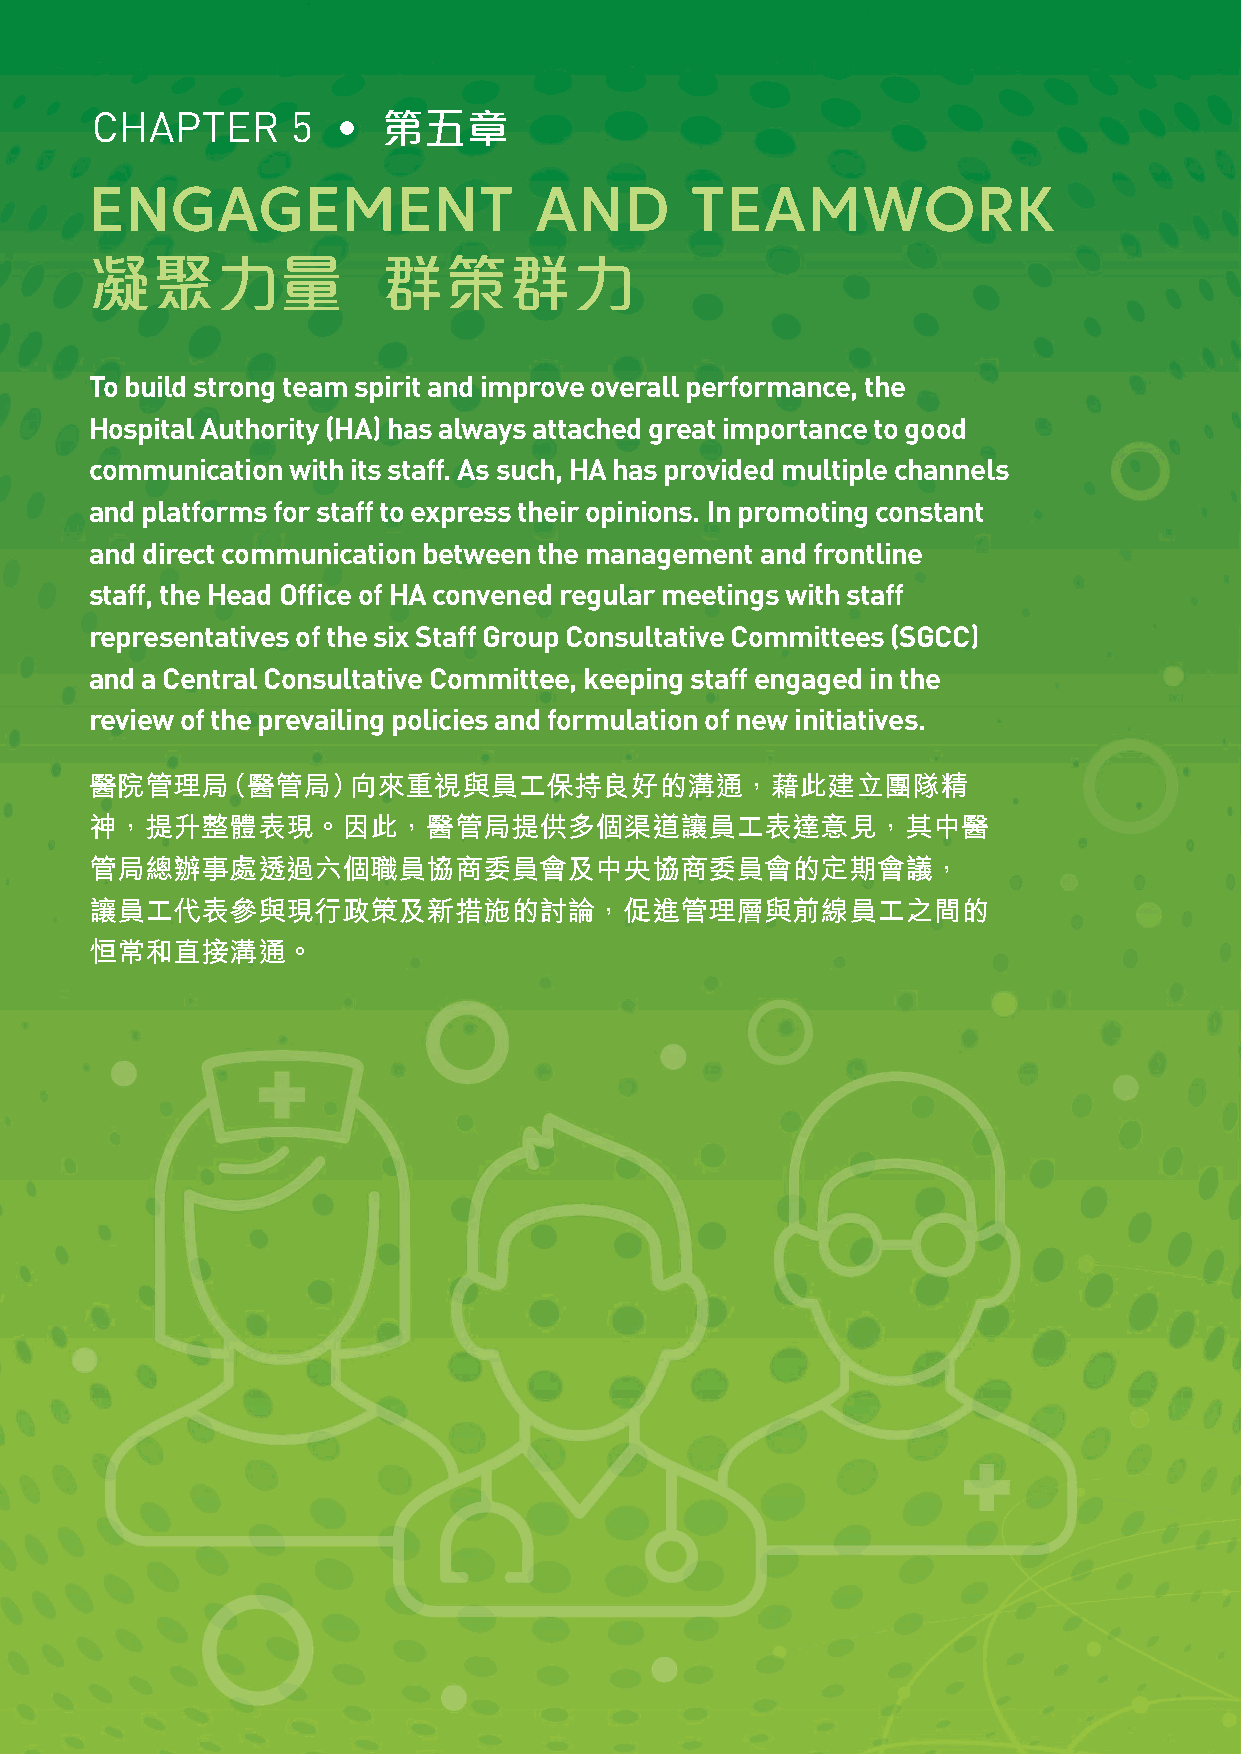
CHAPTER      5  •  第五章
 ENGAGEMENT                   AND        TEAMWORK
 凝聚力量               群策群力
 To build strong team spirit and improve overall performance, the
 Hospital Authority (HA) has always attached great importance to good
 communication with its staff. As such, HA has provided multiple channels
 and platforms for staff to express their opinions. In promoting constant
 and direct communication between the management and frontline
 staff, the Head Office of HA convened regular meetings with staff
 representatives of the six Staff Group Consultative Committees (SGCC)
 and a Central Consultative Committee, keeping staff engaged in the
 review of the prevailing policies and formulation of new initiatives.
 醫院管理局（醫管局）向來重視與員工保持良好的溝通，藉此建立團隊精
 神，提升整體表現。因此，醫管局提供多個渠道讓員工表達意見，其中醫
 管局總辦事處透過六個職員協商委員會及中央協商委員會的定期會議，
 讓員工代表參與現行政策及新措施的討論，促進管理層與前線員工之間的
 恒常和直接溝通。